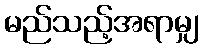
မည်သည့်အရာမျှ